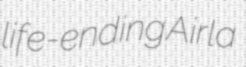
life-ending Airla